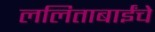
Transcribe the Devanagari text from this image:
ललिताबाईंचे